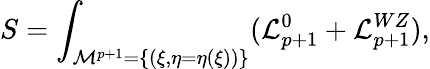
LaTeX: S=\int_{{\cal M}^{p+1}=\{ (\xi,\eta=\eta(\xi))\} }({\cal L}_{p+1}^{0}+{\cal L}_{p+1}^{WZ}),